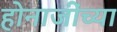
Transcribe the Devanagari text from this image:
होनाजींच्या